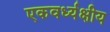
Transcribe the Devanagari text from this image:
एकवर्ध्यक्षीय